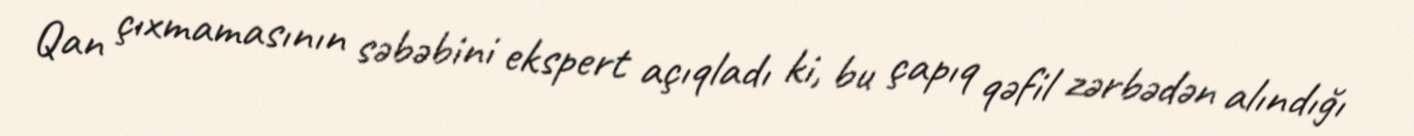
Qan çıxmamasının səbəbini ekspert açıqladı ki, bu çapıq qəfil zərbədən alındığı